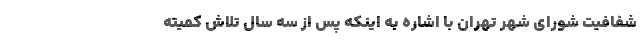
شفافیت شورای شهر تهران با اشاره به اینکه پس از سه سال تلاش کمیته